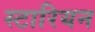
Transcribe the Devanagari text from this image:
स्टारियन